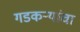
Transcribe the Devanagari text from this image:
गडकऱ्यांचा